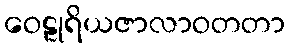
ဝေဠုရိယဇာလာဝတတာ